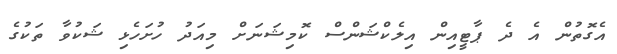
އެގޮތުން އެ ދެ ޕާޓީއިން އިލެކްޝަންސް ކޮމިޝަނަށް މިއަދު ހުށަހެޅި ޝަކުވާ ތަކުގެ